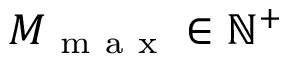
M _ { \mathrm { ~ m ~ a ~ x ~ } } \in \mathbb { N } ^ { + }